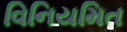
વિનિયમિત